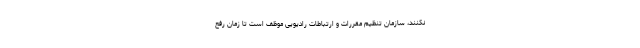
نکنند، سازمان تنظیم مقررات و ارتباطات رادیویی موظف است تا زمان رفع